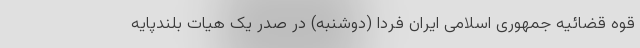
قوه قضائیه جمهوری اسلامی ایران فردا (دوشنبه) در صدر یک هیات بلندپایه